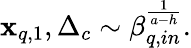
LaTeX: \mathbf{x}_{q,1},\Delta_{c}\sim\beta_{q,in}^{\frac{1}{a-h}}.